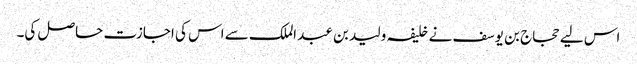
اس لیے حجاج بن یوسف نے خلیفہ ولید بن عبد الملک سے اس کی اجازت حاصل کی۔